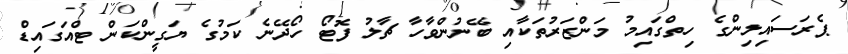
ޕެރަސައިލިންގެ ހިތްގައިމު މަންޒަރުތަކާއި ބޭނުންވާހާ ޗާލު ފޮޓޯ ހޯދޭނެ ކަމުގެ ޔަގީންކަން ޓްއަގައިޑް